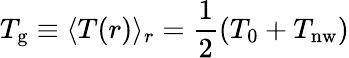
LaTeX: T_{\mathrm{g}}\equiv\langle T(r)\rangle_{r}=\frac{1}{2}(T_{0}+T_{\mathrm{nw}})